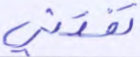
تفتني